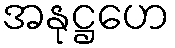
အနုဋ္ဌဟေ